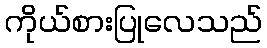
ကိုယ်စားပြုလေသည်